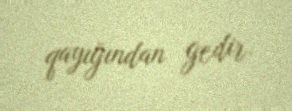
qayığından gedir.